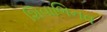
શિવાભિનવ